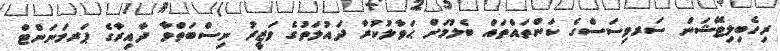
ރިހެބިލިޓޭޝަން ސަރވިސަސްގެ ކަންތައްތައް ބެލުމަށް ޙަވާލުކުރާ ދައުލަތުގެ ވަޒީރު ނިސްބަތްވާ ދާއިރާގެ ޕަރމަނަންޓް